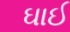
ઘાઈ